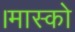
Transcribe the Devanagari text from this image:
।मास्को